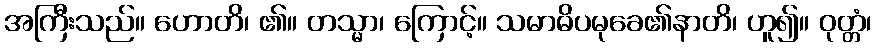
အကြီးသည်။ ဟောတိ၊ ၏။ တသ္မာ၊ ကြောင့်။ သမာဓိပမုခေ၏နာတိ၊ ဟူ၍။ ဝုတ္တံ၊